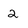
Character: 2